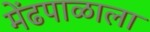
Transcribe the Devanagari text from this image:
मेंढपाळाला